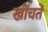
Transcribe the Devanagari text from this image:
खींचतें